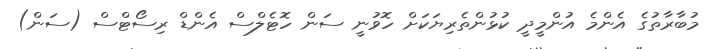
މުބާރާތުގެ އެންމެ އުންމީދީ ކުޅުންތެރިޔަކަށް ހޮވުނީ ސަން ހޮޓެލްސް އެންޑް ރިސޯޓްސް (ސަން)